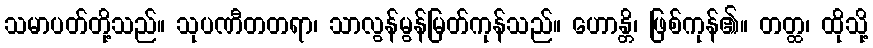
သမာပတ်တို့သည်။ သုပဏီတတရာ၊ သာလွန်မွန်မြတ်ကုန်သည်။ ဟောန္တိ၊ ဖြစ်ကုန်၏။ တတ္ထ၊ ထိုသို့